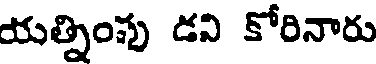
యత్నింపు డవి కోరినారు